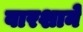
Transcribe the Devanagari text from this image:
वारशाने